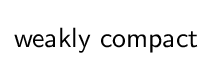
{\mathsf {weakly\ compact}}